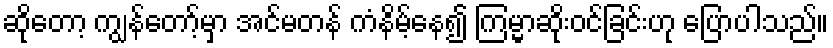
ဆိုတော့ ကျွန်တော့်မှာ အင်မတန် ကံနိမ့်နေ၍ ကြမ္မာဆိုးဝင်ခြင်းဟု ပြောပါသည်။